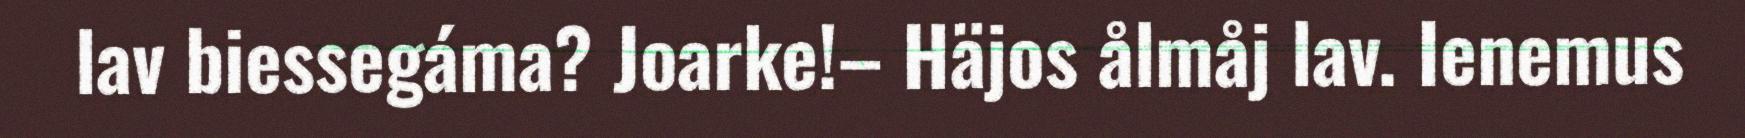
lav biessegáma? Joarke!– Häjos ålmåj lav. Ienemus